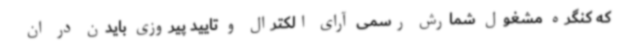
که کنگره مشغول شمارش رسمی آرای الکترال و تایید پیروزی بایدن در ان